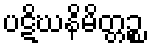
ပဋိဃနိမိတ္တဉ္စ